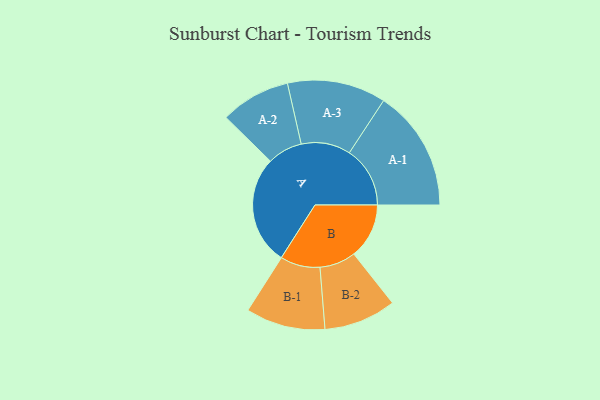
{"axis": {"x": "Segment", "y": "Value"}, "legend": ["", "A", "B"], "data": [{"x": "A", "y": 480, "type": ""}, {"x": "B", "y": 243, "type": ""}, {"x": "A-1", "y": 267, "type": "A"}, {"x": "A-2", "y": 154, "type": "A"}, {"x": "A-3", "y": 217, "type": "A"}, {"x": "B-1", "y": 175, "type": "B"}, {"x": "B-2", "y": 159, "type": "B"}]}